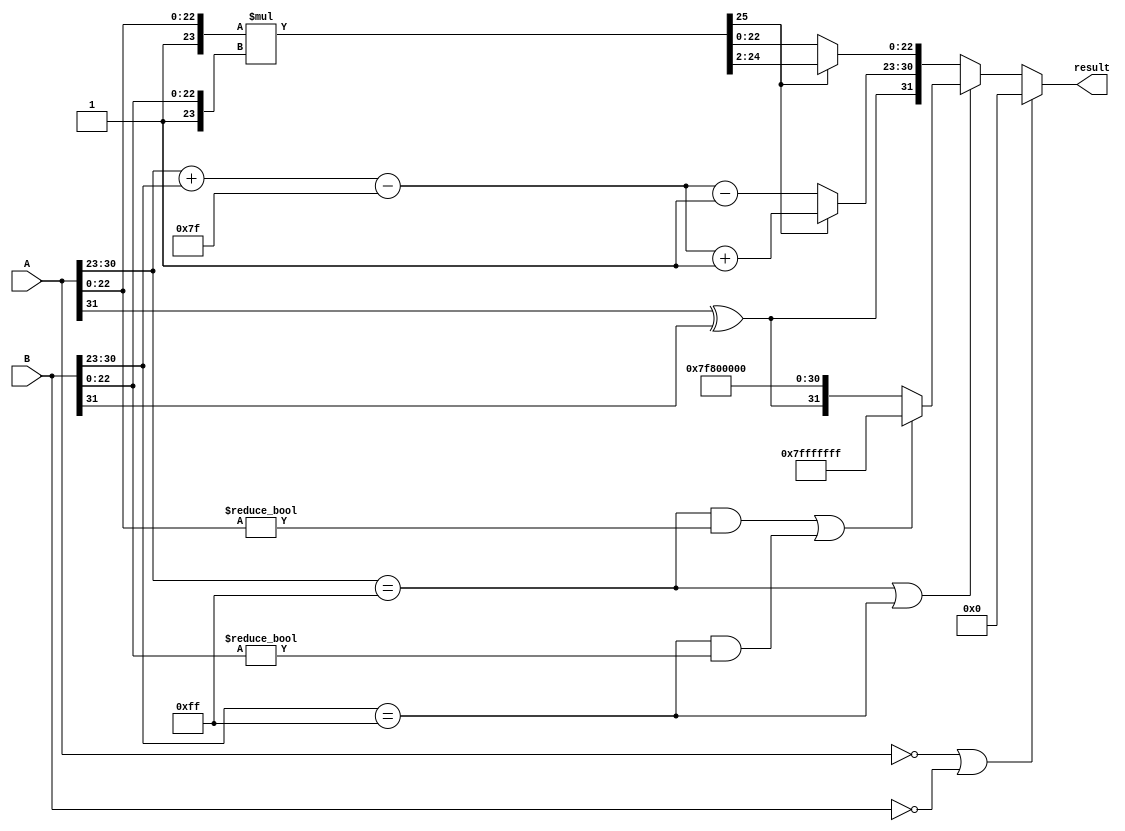
module radix2_fp_multiplier (
    input [31:0] A, // First floating-point number
    input [31:0] B, // Second floating-point number
    output reg [31:0] result // Resulting floating-point number
);

    // Constants
    parameter BIAS = 127;
    parameter EXPONENT_BITS = 8;
    parameter MANTISSA_BITS = 23;
    parameter MANTISSA_SIZE = MANTISSA_BITS + 1; // Including implicit leading bit

    // Internal signals
    wire sign_A = A[31];
    wire sign_B = B[31];
    wire [EXPONENT_BITS-1:0] exp_A = A[30:23];
    wire [EXPONENT_BITS-1:0] exp_B = B[30:23];
    wire [MANTISSA_BITS-1:0] mant_A = A[22:0];
    wire [MANTISSA_BITS-1:0] mant_B = B[22:0];

    wire [MANTISSA_SIZE-1:0] mant_A_full = {1'b1, mant_A}; // Add implicit leading 1
    wire [MANTISSA_SIZE-1:0] mant_B_full = {1'b1, mant_B}; // Add implicit leading 1

    // Sign calculation
    wire sign_result = sign_A ^ sign_B;

    // Exponent calculation
    wire [EXPONENT_BITS:0] exp_result = exp_A + exp_B - BIAS; // 9 bits to handle overflow

    // Mantissa calculation
    wire [2*MANTISSA_SIZE-1:0] mant_result = mant_A_full * mant_B_full; // 48 bits

    // Normalization
    reg [MANTISSA_SIZE-1:0] mantissa_out;
    reg [EXPONENT_BITS:0] exp_out;
    reg normalized;

    always @(*) begin
        // Default values
        mantissa_out = 0;
        exp_out = 0;
        normalized = 0;

        // Check for zero inputs
        if (A == 32'b0 || B == 32'b0) begin
            result = 32'b0; // Result is zero
        end else if (A[30:23] == 255 || B[30:23] == 255) begin
            // Handle infinity or NaN
            if (A[30:23] == 255 && A[22:0] != 0 || B[30:23] == 255 && B[22:0] != 0) begin
                result = 32'b01111111111111111111111111111111; // NaN
            end else begin
                result = {sign_result, 8'b11111111, 23'b0}; // Infinity
            end
        end else begin
            // Normalization
            if (mant_result[MANTISSA_SIZE + 1]) begin
                // If mantissa is greater than 2.0, right shift
                mantissa_out = mant_result[MANTISSA_SIZE + 1:MANTISSA_SIZE + 1 - MANTISSA_BITS];
                exp_out = exp_result + 1;
            end else begin
                // If mantissa is less than 1.0, left shift
                mantissa_out = mant_result[MANTISSA_SIZE - 1:0];
                exp_out = exp_result - 1;
            end

            // Assemble the result
            result = {sign_result, exp_out[EXPONENT_BITS-1:0], mantissa_out[MANTISSA_BITS-1:0]};
        end
    end

endmodule